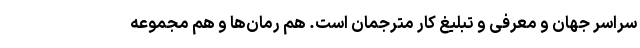
سراسر جهان و معرفی و تبلیغ کار مترجمان است. هم رمان‌ها و هم مجموعه